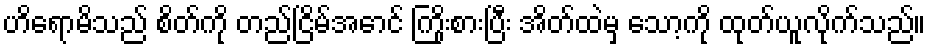
ဟိရောမိသည် စိတ်ကို တည်ငြိမ်အောင် ကြိုးစားပြီး အိတ်ထဲမှ သော့ကို ထုတ်ယူလိုက်သည်။